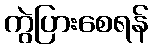
ကွဲပြားစေရန်